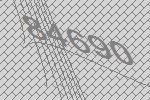
84690